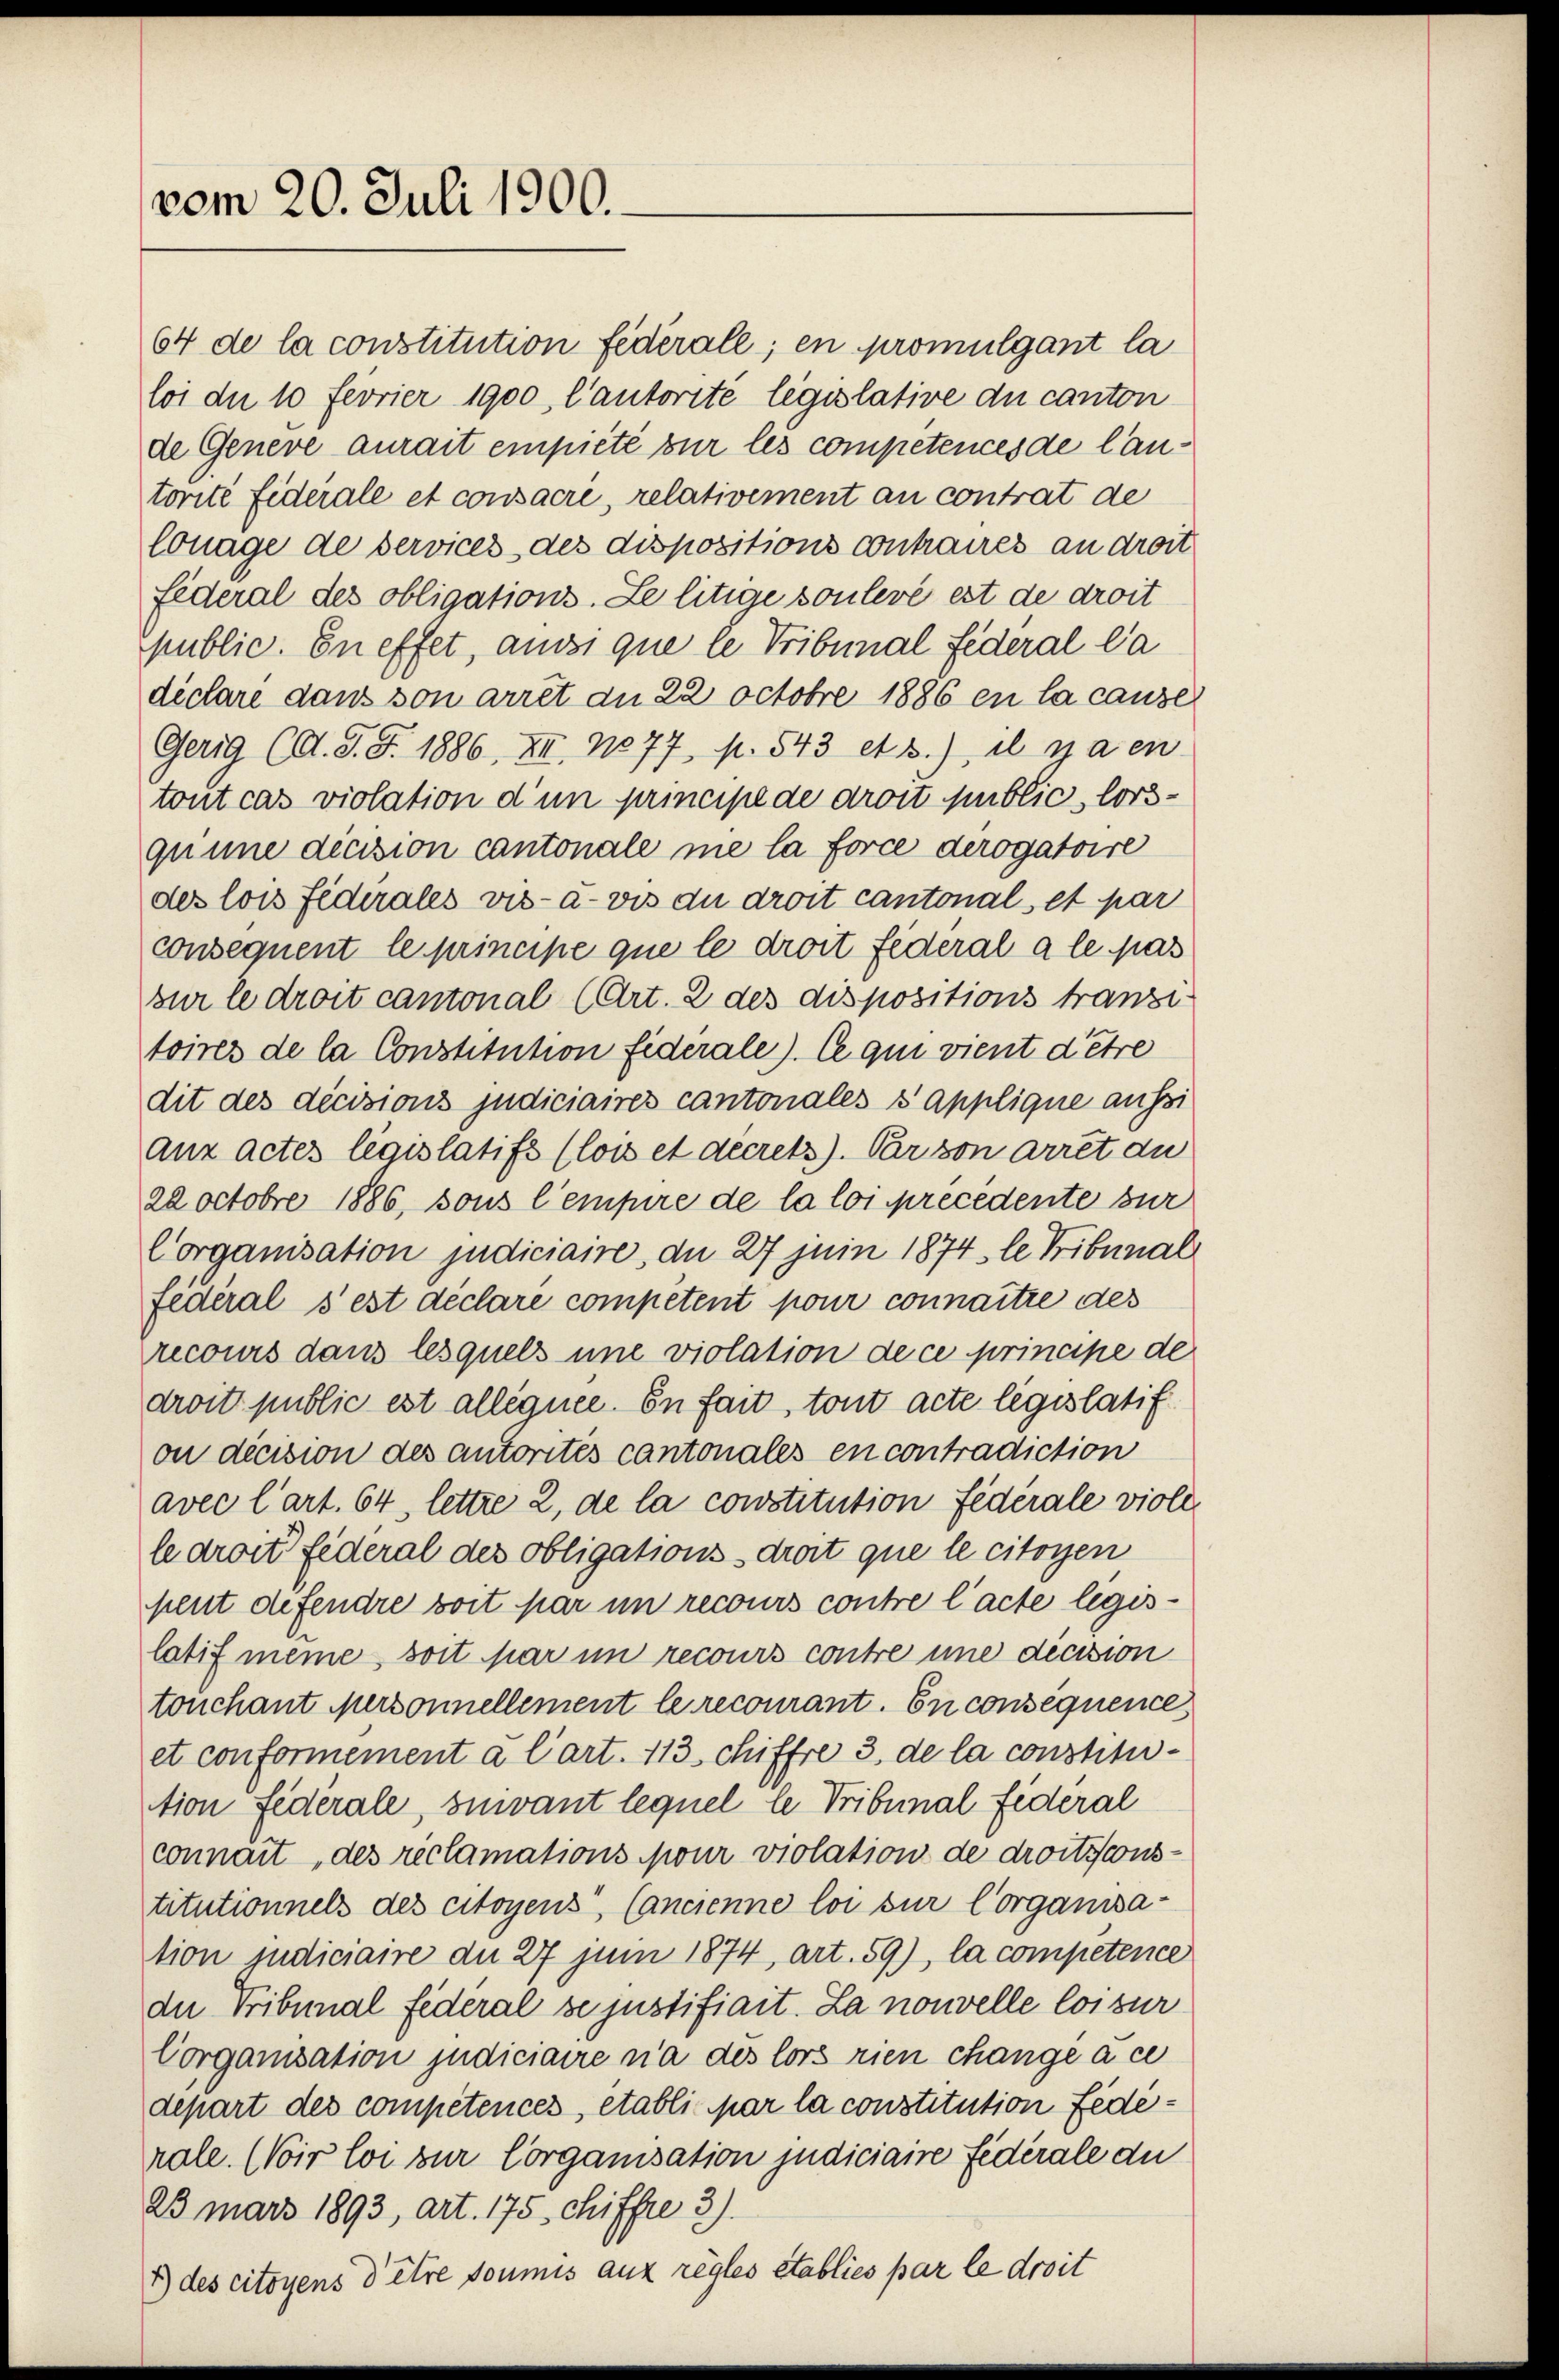
vom 20. Juli 1900.

64 de la constitution Federale; en promulgant la
loi due 10 Fevrier 1900, l’autorité législative du canton
de Geneve aurait empiete zur les competences de lautorité fiderale et consacre, relativement an contrat de
lonage de services des dispositions contraires an droit
Fideral des obligations. Le litige soulevé est de droit
Spublic. En effet, ansi que le Tribunal Federal da
diclaré dans son arret an 22 Octobre 1886 en la cause
Gerig (O. S. S. 1886, XII. 1877, N. 543 et 3.), il y a en
tout cas violation d’un principe de droit public, lorsquune decision cantonale ne la force derogatoire
des lois Fedirales vis-à-vis du droit cantonals et par
consequent le principe que le droit federal a le pas
sur le droit cantonal (Art. 2 des dispositions franz
toires de la Constitution fiderale). Ce qui vient d’être
dit des décisions judiciaires cantonales s applique aufsi
aux actes législatifs (lois et décrets). Par von arret du
22 octobre 1886, sous l’empire de la loi precedente zur
Corganisation judiciaire, du 27 juin 1874. le Tribunal
fédéral s’est déclare competent pour connaitre des
Crecours dans lesquels une violation de ce principe de
droit public est alléguée. In fait, tout acte legislatif
on dicision des autorites cantonales en contradiction
avec l’art. 64, lettre 2, de la constitution fédérale viole
le droit federal des obligations droit que le citoyen
pent defendre soit par un recours contre l’acte legislatif meine, soit par im recours contre une decision
tonchant personnellement le recourant. En consequence
et conformement à l’art. 113, chiffre 3. de la constitu-
tion Federale, suivant lequel le Tribunal fédéral
connait des reclamations pour violation de droitscons-
titutionnels des citoyens, Cancienne loi sur Corganisa-
tion judiciaire du 27 Juni 1874, art. 59), la competence
du Tribunal federal se justifiait. La nouvelle loi sur
Corganisation judiciaire n’a des lors rien change a ce
depart des compétences, établi par la constitution Fedirale. (Voir loi zur Corganisation judiciaire fidérale du
23 März 1893, Art. 175. chiffre 3).
B) des citoyens d’être soumis aux règles établies par le droit